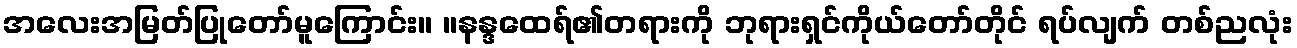
အလေးအမြတ်ပြုတော်မူကြောင်း။ ။နန္ဒထေရ်၏တရားကို ဘုရားရှင်ကိုယ်တော်တိုင် ရပ်လျက် တစ်ညလုံး